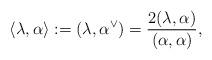
LaTeX: \begin{align*}\langle \lambda, \alpha \rangle := \left( \lambda, \alpha^\vee \right) = \frac{2(\lambda,\alpha)}{(\alpha,\alpha)},\end{align*}